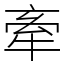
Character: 牽